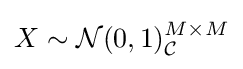
X\sim {\mathcal {N}}(0,1)_{\mathcal {C}}^{M\times M}